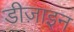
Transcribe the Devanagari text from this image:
डीज़ाइन